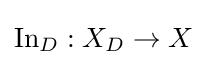
\operatorname {In} _{D}:X_{D}\to X